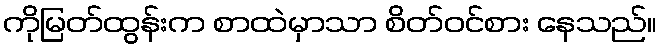
ကိုမြတ်ထွန်းက စာထဲမှာသာ စိတ်ဝင်စား နေသည်။